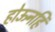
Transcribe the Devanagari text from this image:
होऊनहि